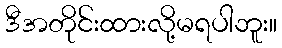
ဒီအတိုင်းထားလို့မရပါဘူး။